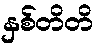
နှစ်တိတိ